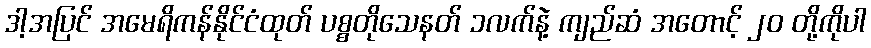
ဒါ့အပြင် အမေရိကန်နိုင်ငံထုတ် ပစ္စတိုသေနတ် ၁လက်နဲ့ ကျည်ဆံ အတောင့် ၂၀ တို့ကိုပါ